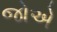
જોએ